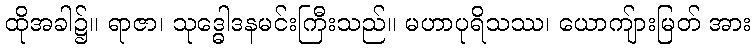
ထိုအခါ၌။ ရာဇာ၊ သုဒ္ဓေါဒနမင်းကြီးသည်။ မဟာပုရိသဿ၊ ယောကျ်ားမြတ် အား